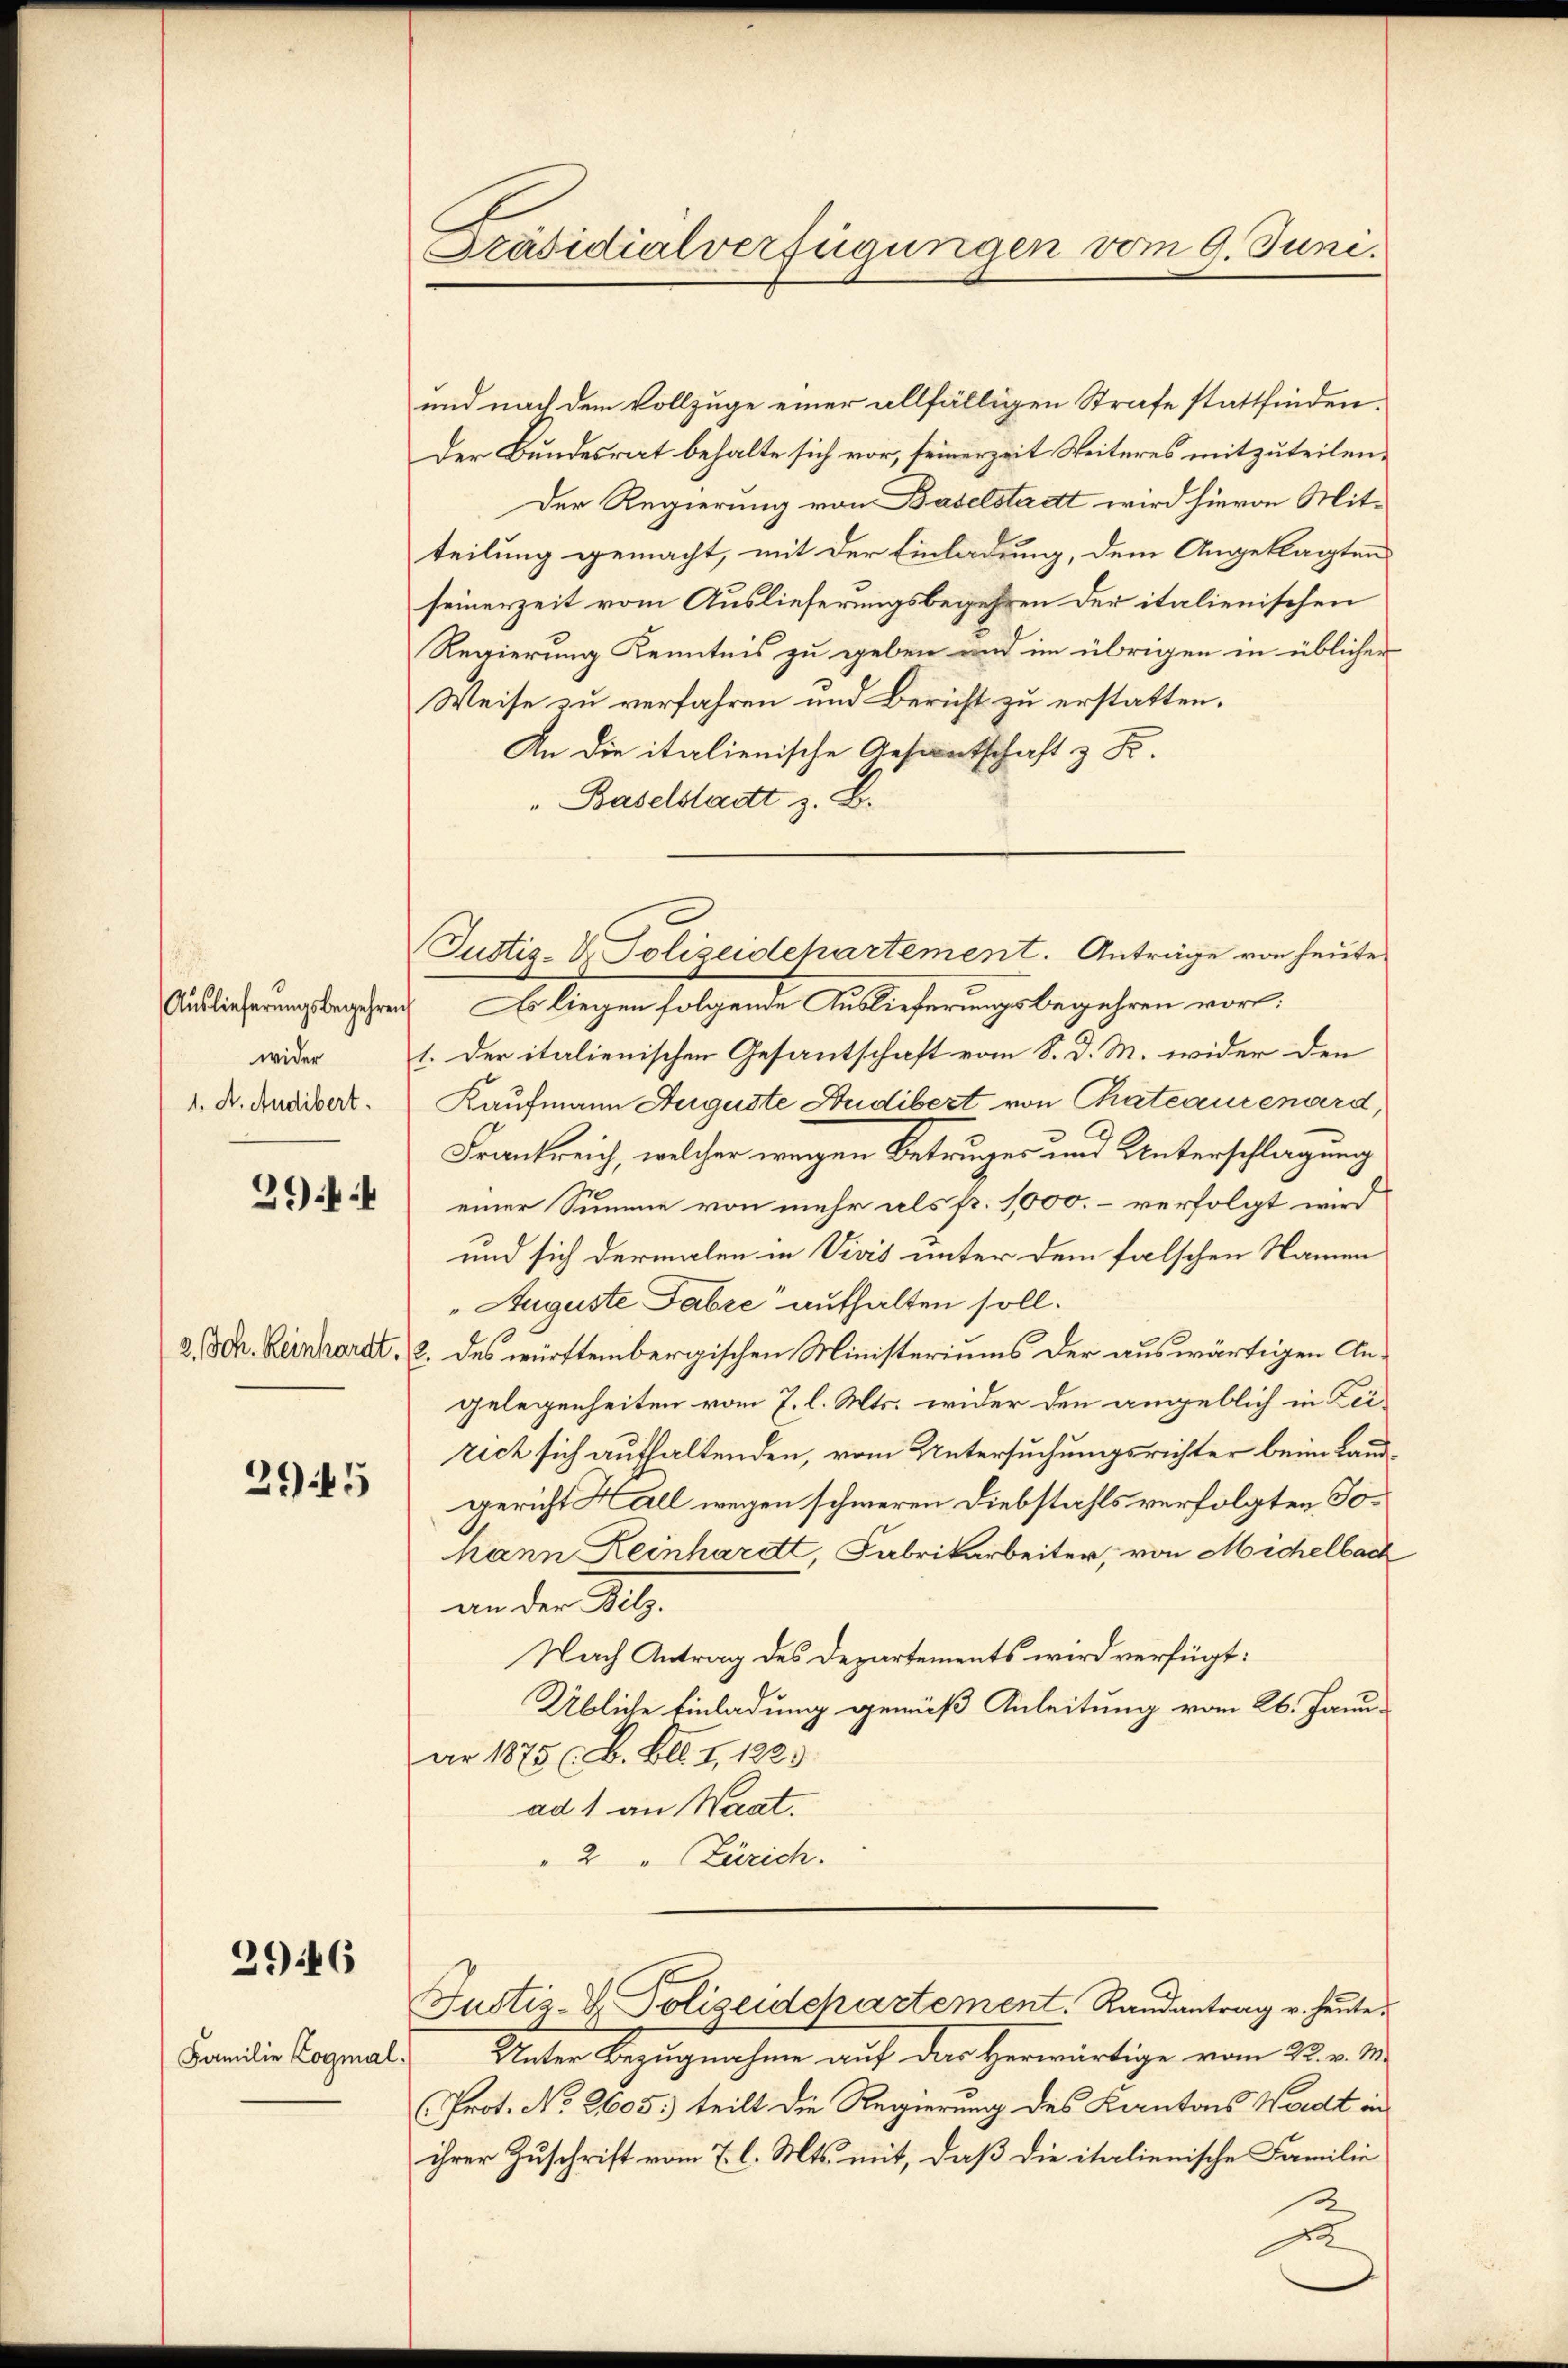
wider
1. A. Audibert.

29

2945

2946

Familie Cogmal.

Präsidialverfügungen vom 9. Juni.

und nach dem Vollzuge einer allfälligen Strafe stattfinden.
Der Bundesrat behalte sich vor, seinerzeit Weiteres mitzuteilen,
Der Regierung von Baselstadt wird hievon Mitteilung gemacht, mit der Einladung, dem Angeklagten
seinerzeit vom Auslieferungsbegehren der italienischen
Regierung Kenntnis zu geben und im übrigen in üblicher
Weise zu verfahren und Bericht zu erstatten.
An die italienische Gesantschaft z. B.
" Baselstadt z. B.
Auslieferungsbegehren. Es liegen folgende Auslieferungsbegehren vor.
1. Der italienischen Gesantschaft vom 8. d. M. wider den
Kaufmann Auguste Audibert von Thateaurenard,
Frankreich, welcher wegen Betruger und Unterschlagung
einer Summe von mehr als fr. 1000. – verfolgt wird
und sich dermalen in Vicis unter dem falschen Namen
„Auguste Fabre“ aufhalten soll.
2 Sch. Reinhardt, 2. des württembergischen Ministeriums der auswärtigen Angelegenheiten vom 7. l. Mts. wider den angeblich in Leirich sich aufhaltenden, vom Untersuchungsrichter beim Landgericht Hall wegen schweren Diebstahls verfolgten Johann Keinhardt, Fabrikarbeiter, von Michelbach
an der 216.
Nach Antrag des Departements wird verfügt:
Übliche Einladung gemäß Anleitung vom 26. Januar 1875 (B. Ill. I, 1223.
ad 1 an Waat.
" 2 " Zürich.

Justiz- & Polizeidepartement. Anträge von heute

Unter Bezugnahme auf das Herwärtige vom 22. v. M.
(Prot. No. 2605: teilt die Regierung des Kantons Wardt in
ihrer Zuschrift vom 7. l. Mts. mit, daß die italienische Familie
u

Justiz- & Polizeidepartement. Randantrag u. heŭte.